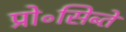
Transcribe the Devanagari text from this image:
प्रो॰सिब्ते